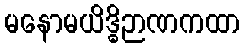
မနောမယိဒ္ဓိဉာဏကထာ